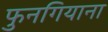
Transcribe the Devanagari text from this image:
फुनगियाना